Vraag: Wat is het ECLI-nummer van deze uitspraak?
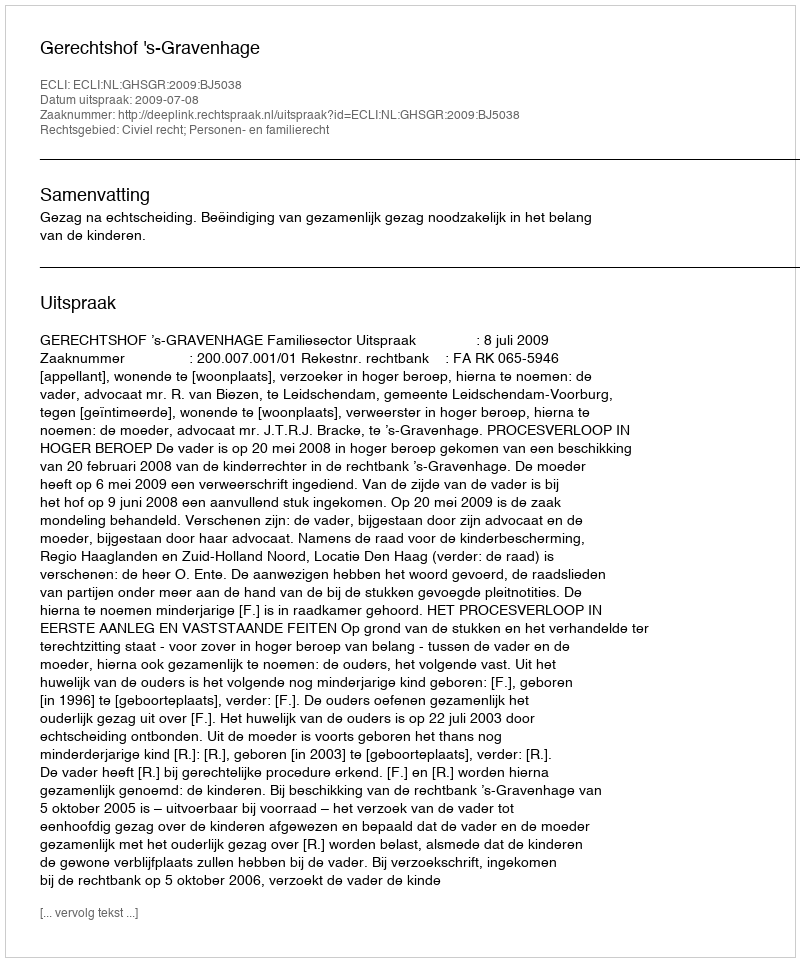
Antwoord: ECLI:NL:GHSGR:2009:BJ5038